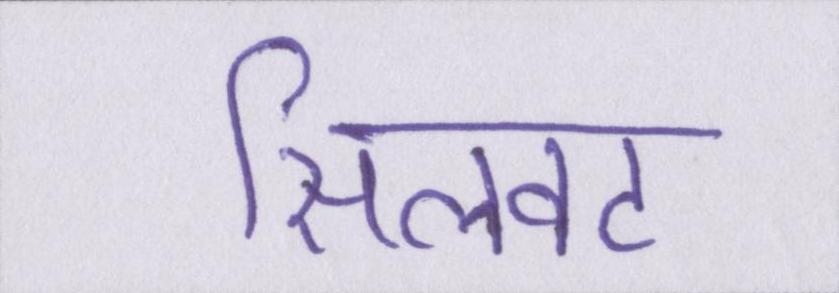
सिलवट